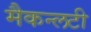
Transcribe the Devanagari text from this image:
मैकन्लटी